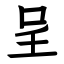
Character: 呈